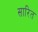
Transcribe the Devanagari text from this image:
सारित